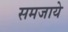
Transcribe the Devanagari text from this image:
समजाये